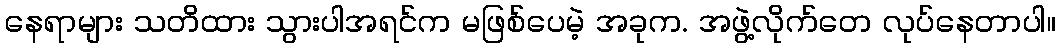
နေရာများ သတိထား သွားပါအရင်က မဖြစ်ပေမဲ့ အခုက. အဖွဲ့လိုက်တေ လုပ်နေတာပါ။